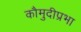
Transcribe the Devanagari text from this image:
कौमुदीप्रभा